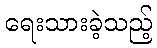
ရေးသားခဲ့သည့်